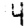
Digit: 4